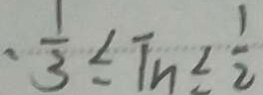
- \frac { 1 } { 3 } \leq T n \leq \frac { 1 } { 2 }